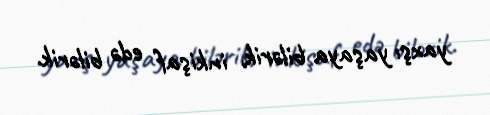
yaxşı yaşaya bilərik, inkişaf edə bilərik.